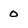
Character: 0